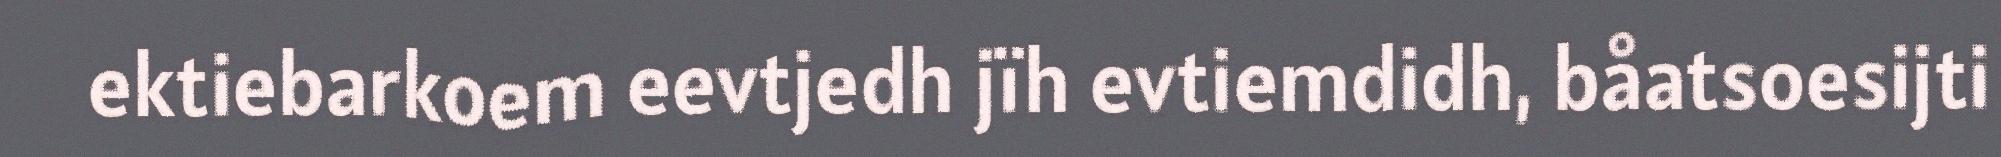
ektiebarkoem eevtjedh jïh evtiemdidh, båatsoesijti